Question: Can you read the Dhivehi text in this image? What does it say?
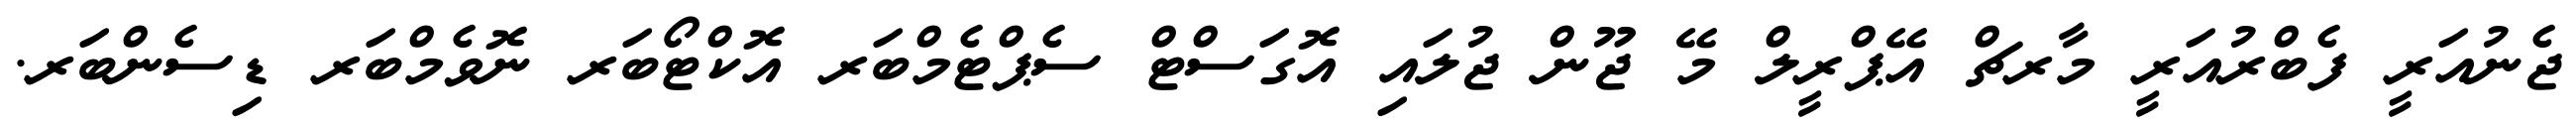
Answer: ޖެނުއަރީ ފެބްރުއަރީ މާރޗް އޭޕްރީލް މޭ ޖޫން ޖުލައި އޮގަސްޓް ސެޕްޓެމްބަރ އޮކްޓޯބަރ ނޮވެމްބަރ ޑިސެންބަރ.